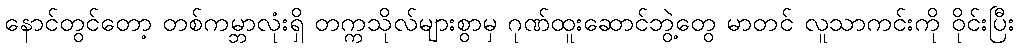
နောင်တွင်တော့ တစ်ကမ္ဘာလုံးရှိ တက္ကသိုလ်များစွာမှ ဂုဏ်ထူးဆောင်ဘွဲ့တွေ မာတင် လူသာကင်းကို ဝိုင်းပြီး